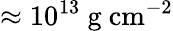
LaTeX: \approx 10^{13}\ \mathrm{g\ cm^{-2}}